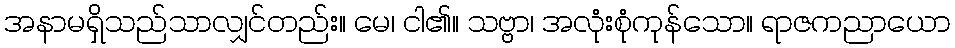
အနာမရှိသည်သာလျှင်တည်း။ မေ၊ ငါ၏။ သဗ္ဗာ၊ အလုံးစုံကုန်သော။ ရာဇကညာယော